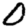
Digit: 0